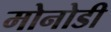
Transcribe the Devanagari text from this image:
मोनोडी